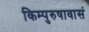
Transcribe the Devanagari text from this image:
किम्पुरुषावासं